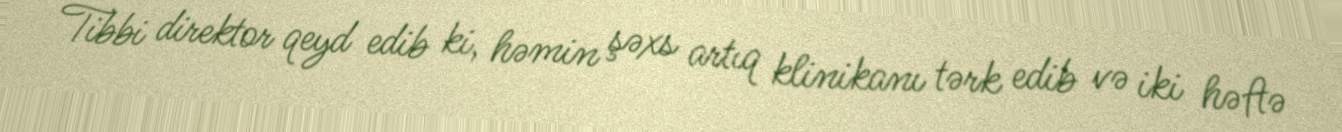
Tibbi direktor qeyd edib ki, həmin şəxs artıq klinikanı tərk edib və iki həftə